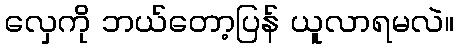
လှေကို ဘယ်တော့ပြန် ယူလာရမလဲ။